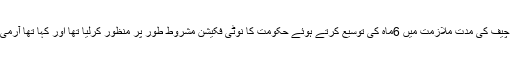
واضح رہے سپریم کورٹ نے مختصر فیصلہ میں آرمی چیف کی مدت ملازمت میں 6ماہ کی توسیع کرتے ہوئے حکومت کا نوٹی فکیشن مشروط طور پر منظور کرلیا تھا اور کہا تھا آرمی چیف جنرل قمر باجوہ اپنے عہدے پر برقرار رہیں گے۔